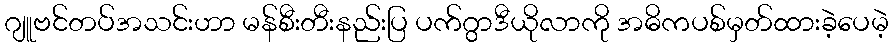
ဂျူဗင်တပ်အသင်းဟာ မန်စီးတီးနည်းပြ ပက်ဂွာဒီယိုလာကို အဓိကပစ်မှတ်ထားခဲ့ပေမဲ့